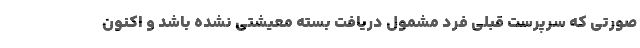
صورتی که سرپرست قبلی فرد مشمول دریافت بسته معیشتی نشده باشد و اکنون